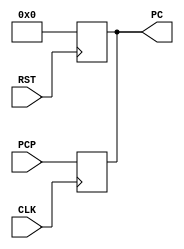
module PCR( input CLK,
            input RST,
            input [31:0] PCP,
            output wire [31:0] PC
    );
    
    reg [31:0] mem;
    
    // Asynchronous reset
    always @ (posedge RST)
        mem = 32'b00000000000000000000000000000000;
        
    // Synchronous read
    always @ (posedge CLK)
        mem = PCP;
    
    // Asynchronously drive PC output signal
    assign PC = mem;
        
endmodule